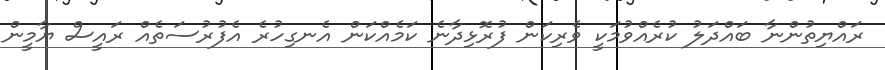
ރައްޔިތުންނާ ބައްދަލު ކުރެއްވުމަކީ ވެރިކަން ފުރޮޅިދާނެ ކަމެއްކަން އެނގިހުރެ އެފުރުސަތެއް ރައީސް ޔާމީން